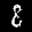
Label: 8